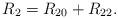
LaTeX: \begin{align*}R_2=R_{20}+R_{22}.\end{align*}